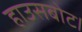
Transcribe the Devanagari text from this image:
हाउसबोट।